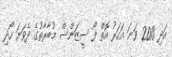
އަދި 2013 ވަނަ އަހަރު އޮތް ފޯ ސީޒަންސް މުބާރާތުގެ ދެވަނަ ހޯދި